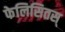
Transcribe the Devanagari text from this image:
फेलिसितस्